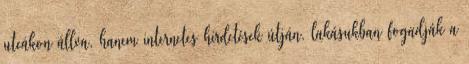
utcákon állva, hanem internetes hirdetések útján, lakásukban fogadják a